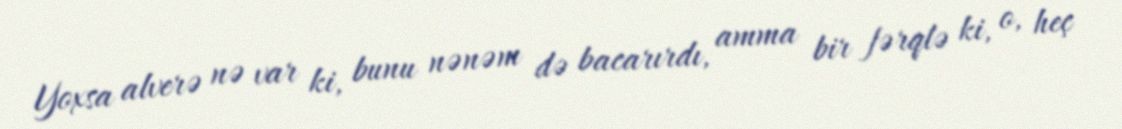
Yoxsa alverə nə var ki, bunu nənəm də bacarırdı, amma bir fərqlə ki, o, heç